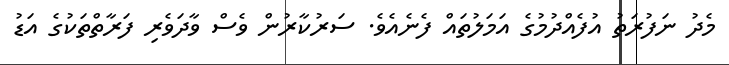
މެދު ނަފުރަތު އުފެއްދުމުގެ އަމަލުތައް ފެނެއެވެ. ސަރުކާރުން ވެސް ވާދަވެރި ފަރާތްތަކުގެ އަޑު